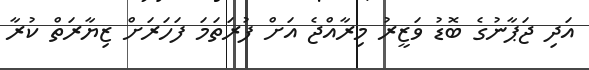
އަދި ޖަޕާނުގެ ބޮޑު ވަޒީރު މިރާއްޖެ އަށް ފުރަތަމަ ފަހަރަށް ޒިޔާރަތް ކުރާ